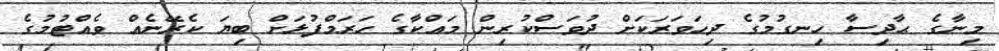
މިނާގެ ޙާދިސާ ހިނގުމުގެ ދިހަވަރަކަށް ދުވަސްކުރިން މައްކާގެ ހަރަމްފުޅަށް ބިޔަ ކެރޭނެއް ވެއްޓުމުގެ